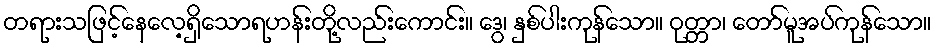
တရားသဖြင့်နေလေ့ရှိသောရဟန်းတို့လည်းကောင်း။ ဒွေ၊ နှစ်ပါးကုန်သော။ ဝုတ္တာ၊ တော်မူအပ်ကုန်သော။